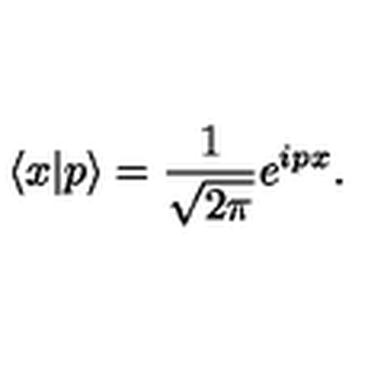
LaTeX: \langle x | p \rangle = { \frac { 1 } { \sqrt { 2 \pi } } } e ^ { i p x } .